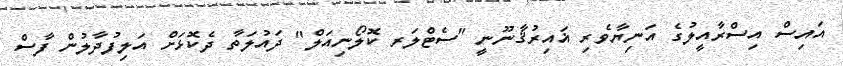
އައިސް އިސްރާއީލުގެ އަނިޔާވެރި ޣައިރުޤާނޫނީ "ސެޓްލަރ ކޮލޯނިއަލް" ދައުލަތާ ދެކޮޅަށް އަލިފުދާލުން ފާސް